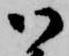
御